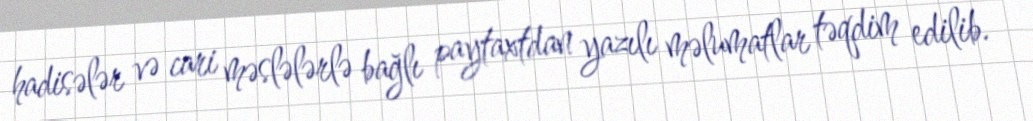
hadisələr və cari məslələrlə bağlı paytaxtdan yazılı məlumatlar təqdim edilib.